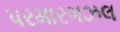
પરમારગઝલ